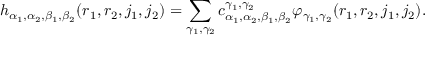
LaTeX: h _ { \alpha _ { 1 } , \alpha _ { 2 } , \beta _ { 1 } , \beta _ { 2 } } ( r _ { 1 } , r _ { 2 } , j _ { 1 } , j _ { 2 } ) = \sum _ { \gamma _ { 1 } , \gamma _ { 2 } } c _ { \alpha _ { 1 } , \alpha _ { 2 } , \beta _ { 1 } , \beta _ { 2 } } ^ { \gamma _ { 1 } , \gamma _ { 2 } } \varphi _ { \gamma _ { 1 } , \gamma _ { 2 } } ( r _ { 1 } , r _ { 2 } , j _ { 1 } , j _ { 2 } ) .